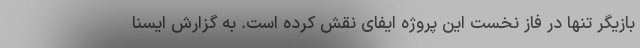
بازیگر تنها در فاز نخست این پروژه ایفای نقش کرده است. به گزارش ایسنا